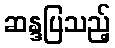
ဆန္ဒပြသည့်